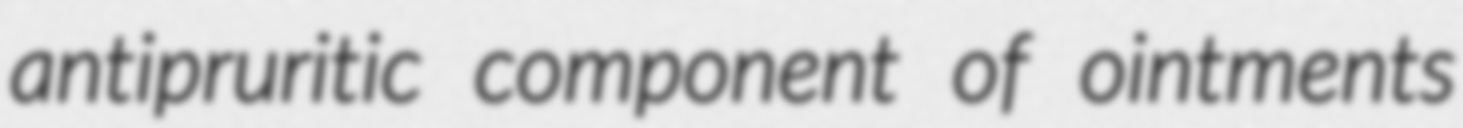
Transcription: antipruritic component of ointments